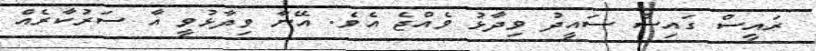
ރައީސް ގައިސް ސައީދު ވިދާޅު ވެއްޖެ އެވެ. އޭނާ ވިދާޅުވީ އާ ސަރުކާރެއް